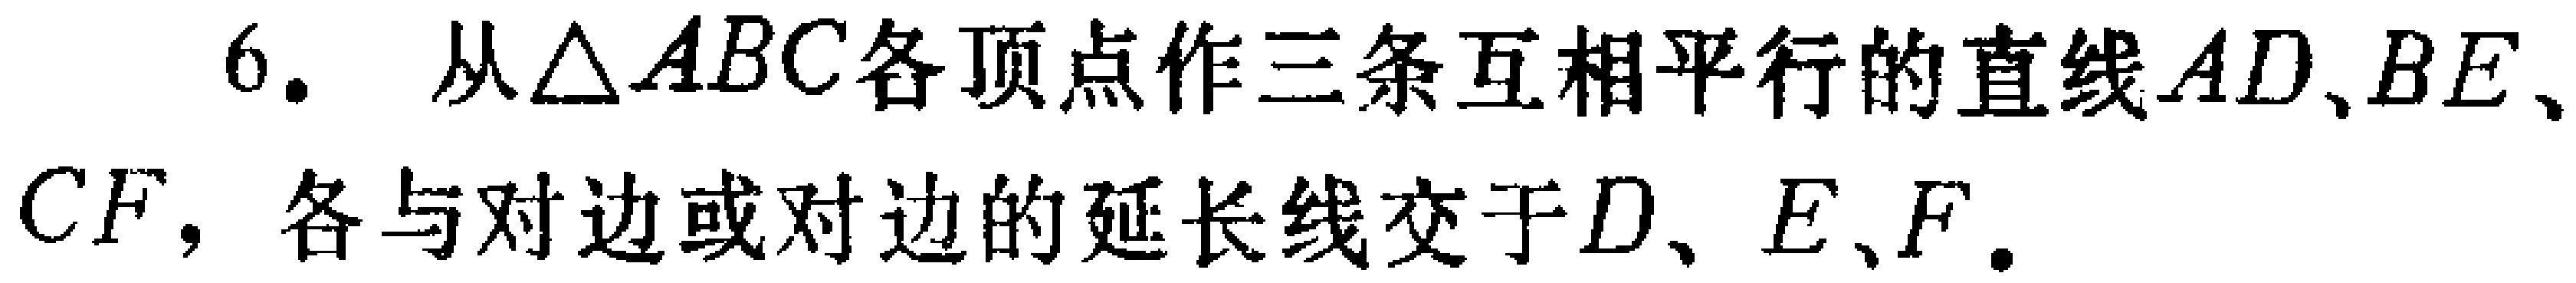
6. 从$\triangle ABC$各顶点作三条互相平行的直线$AD$、$BE$、$CF$，各与对边或对边的延长线交于$D$、$E$、$F$.